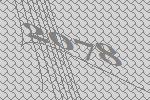
2078